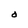
Character: O